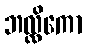
ဘလ္လိကော